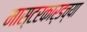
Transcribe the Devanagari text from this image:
मास्टरकार्डच्या